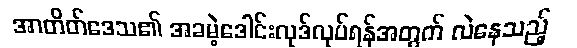
အာတိတ်ဒေသ၏ အခမဲ့ဒေါင်းလုဒ်လုပ်ရန်အတွက် လဲနေသည့်